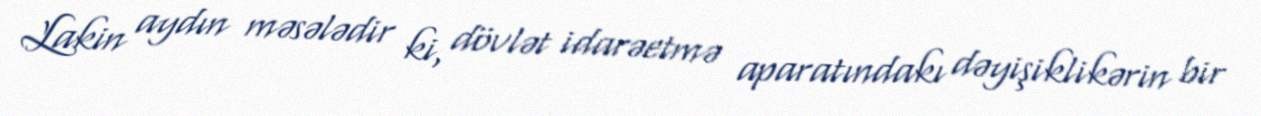
Lakin aydın məsələdir ki, dövlət idarəetmə aparatındakı dəyişiklikərin bir